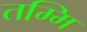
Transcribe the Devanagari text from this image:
तम्मि